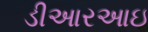
ડીઆરઆઇ